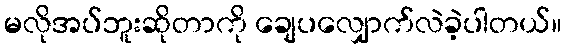
မလိုအပ်ဘူးဆိုတာကို ချေပလျှောက်လဲခဲ့ပါတယ်။